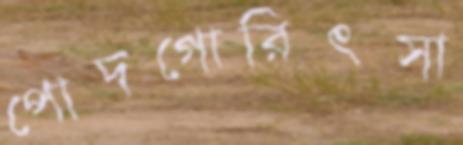
পোদগোরিৎসা